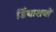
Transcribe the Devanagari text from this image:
डिंबाशयों